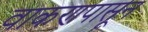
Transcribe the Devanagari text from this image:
वाकणपासून